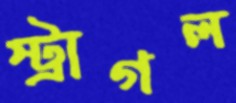
স্ট্রাগল